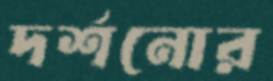
দর্শনোর